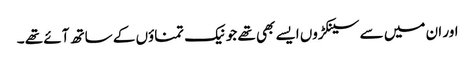
اور ان میں سے سینکڑوں ایسے بھی تھے جو نیک تمناؤں کے ساتھ آئے تھے ۔